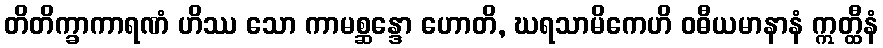
တိတိက္ခာကာရဏံ ဟိဿ သော ကာမစ္ဆန္ဒော ဟောတိ, ဃရသာမိကေဟိ ဝဓီယမာနာနံ ဣတ္ထီနံ